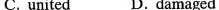
C. united D. damaged